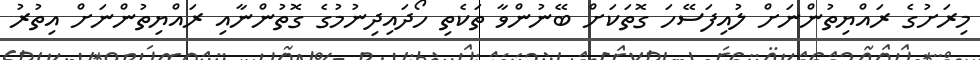
މިރަށުގެ ރައްޔިތުންނަށް ލުއިފަސޭހަ ގޮތަކަށް ބޭނުންވާ ތަކެތި ހޯދައިދިނުމުގެ ގޮތުންނާއި ރައްޔިތުންނަށް އިތުރު